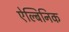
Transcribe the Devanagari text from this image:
ऐल्बिनिक